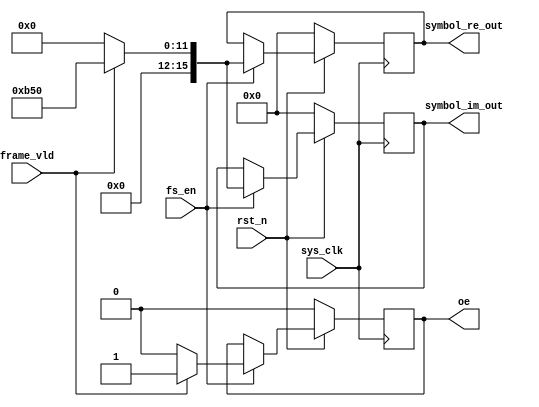
`timescale 1ns / 1ps
module genpilot(
input	          							sys_clk,
input											fs_en,
input	          							rst_n,
//////////////////////////////////////////////////////////////
input	          							frame_vld,
output 				reg						oe,
output 				reg	signed	[15:0]			symbol_re_out,
output 				reg	signed	[15:0]			symbol_im_out
);

always @(posedge sys_clk)begin
	if(~rst_n)begin
		symbol_re_out <= 16'sh0000;
		symbol_im_out <= 16'sh0000;
		oe            <= 1'b0;
	end
	else if(fs_en == 1'b1)begin
		if(frame_vld == 1'b1)begin
			symbol_re_out <= 16'sh0b50;
			symbol_im_out <= 16'sh0b50;
			oe            <= 1'b1;
		end
		else begin
			symbol_re_out <= 16'sh0000;
			symbol_im_out <= 16'sh0000;
			oe            <= 1'b0;
		end
	end
	else begin
	end
end

endmodule